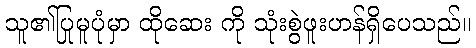
သူ၏ပြုမူပုံမှာ ထိုဆေး ကို သုံးစွဲဖူးဟန်ရှိပေသည်။